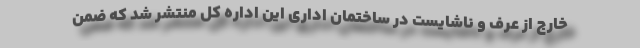
خارج از عرف و ناشایست در ساختمان اداری این اداره کل منتشر شد که ضمن